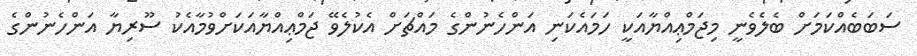
ސަބަބެއްކަމަށް ބެލެވެނީ މިޖަމްޢިއްޔާއަކީ ހަމައެކަނި އަންހެނުންގެ މައްޗަށް އެކުލެވޭ ޖަމްޢިއްޔާއަކަށްވުމާއެކު ސޫރިޔާ އަންހެނުންގެ